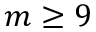
m \geq 9